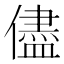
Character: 儘